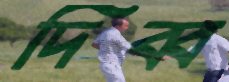
দিব্ব